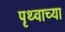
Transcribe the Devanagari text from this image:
पृथ्वाच्या